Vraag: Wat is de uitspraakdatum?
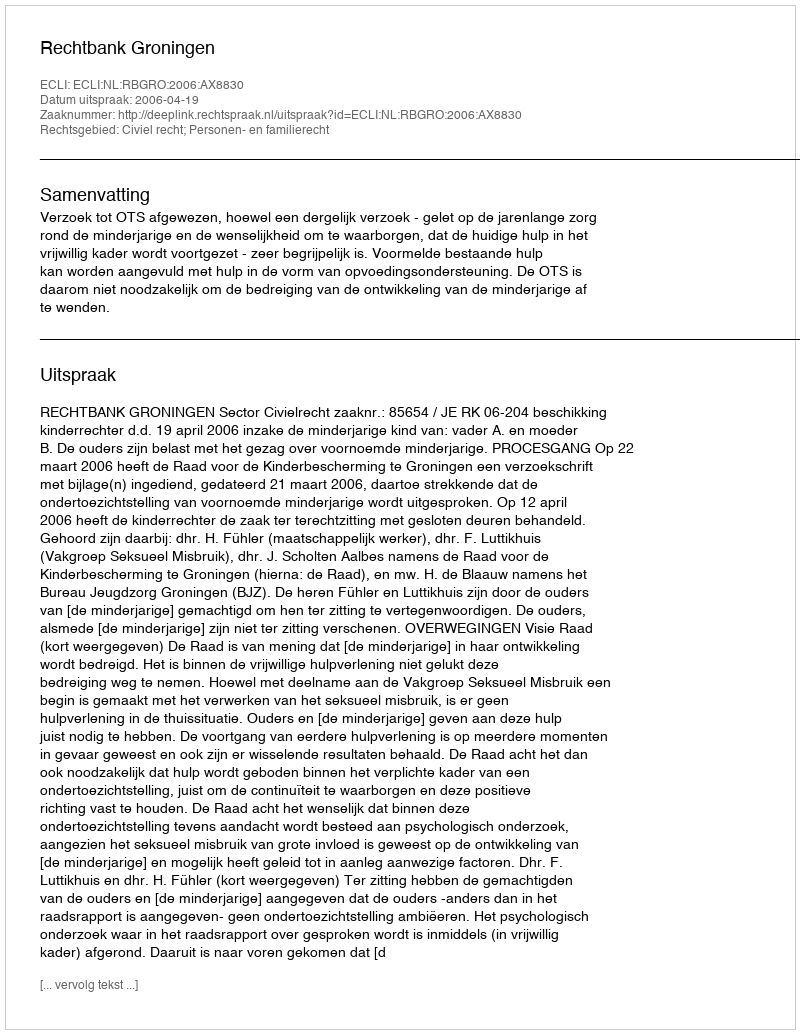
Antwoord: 2006-04-19